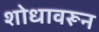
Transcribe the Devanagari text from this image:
शोधावरून